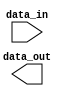
module parameterized_module #(parameter DATA_WIDTH = 8, parameter PARAM_A = 1, parameter PARAM_B = 0) (
    input [DATA_WIDTH-1:0] data_in,
    output [DATA_WIDTH-1:0] data_out
);

// Add your behavioral modeling code here

endmodule